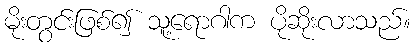
မိုးတွင်းဖြစ်၍ သူ့ရောဂါက ပိုဆိုးလာသည်။